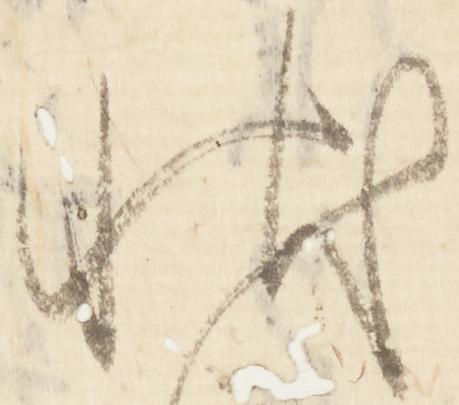
状